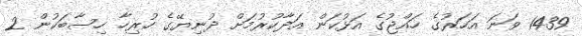
1439 ވަނަ އަހަރުގެ ހައްޖުގެ އަޅުކަން އަދާކުރުމަށް ދުނިޔޭގެ ހުރިހާ ހިސާބަކުން 2